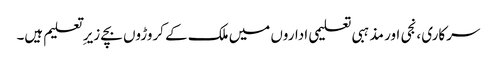
سرکاری ،نجی اور مذہبی تعلیمی اداروں میں ملک کے کروڑوں بچے زیر ِ تعلیم ہیں۔